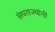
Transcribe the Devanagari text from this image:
संघराज्यांनी